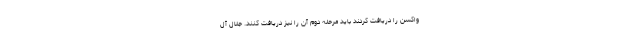
واکسن را دریافت کردند باید مرحله دوم آن را نیز دریافت کنند. جلال آل